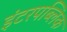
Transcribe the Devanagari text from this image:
इंटरपब्लिक